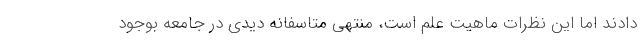
دادند اما این نظرات ماهیت علم است، منتهی متاسفانه دیدی در جامعه بوجود